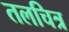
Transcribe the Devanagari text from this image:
तलचित्र